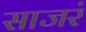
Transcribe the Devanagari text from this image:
साजरं